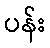
ပန်း